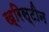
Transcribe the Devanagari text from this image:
ख्रिस्टीन